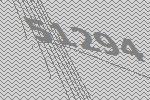
51294